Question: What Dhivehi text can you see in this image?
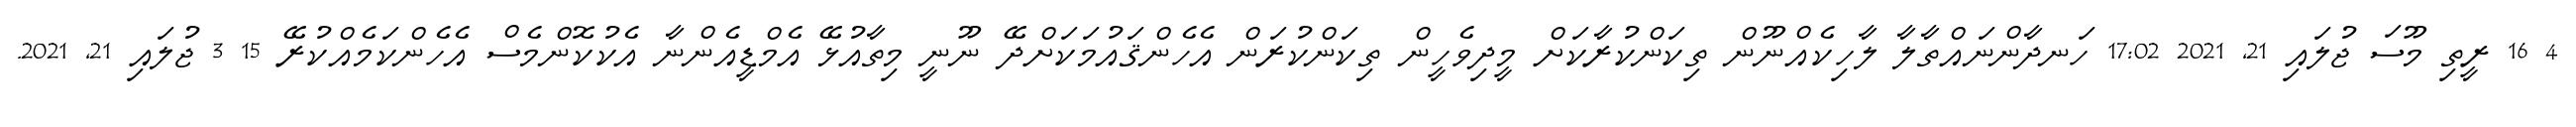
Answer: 4 16 ރީތި މޫސަ ޖުލައި 21, 2021 17:02 ހަނދާންނައްތާލާ ލާހިކެއްނޫން ތިކަންކުރާކަށް މީދިވެހީން ތިކަންކުރަން އެހެންޤައުމަކަށްދޭ ނޫނީ މިތާއުޅޭ އެމްޑީއެންނާ އެކުކޮންމެސް އެހެންކަމެއްކުރޭ 15 3 ޖުލައި 21, 2021.